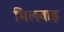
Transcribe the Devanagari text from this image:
भिलवाड़